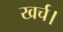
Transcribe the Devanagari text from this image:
खर्च।